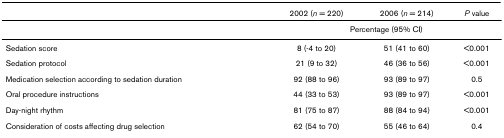
|  | 2002 (n = 220) | 2006 (n = 214) | P value |
 | --- | --- | --- | --- |
 |  | <COLSPAN=3> Percentage (95% CI) |
 | Sedation score | 8 (-4 to 20) | 51 (41 to 60) | <0.001 |
 | Sedation protocol | 21 (9 to 32) | 46 (36 to 56) | <0.001 |
 | Medication selection according to sedation duration | 92 (88 to 96) | 93 (89 to 97) | 0.5 |
 | Oral procedure instructions | 44 (33 to 53) | 93 (89 to 97) | <0.001 |
 | Day-night rhythm | 81 (75 to 87) | 88 (84 to 94) | <0.001 |
 | Consideration of costs affecting drug selection | 62 (54 to 70) | 55 (46 to 64) | 0.4 |